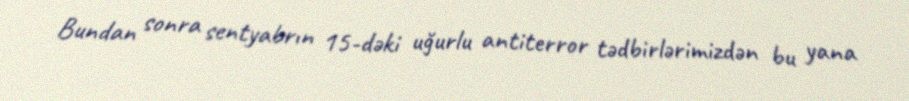
Bundan sonra sentyabrın 15-dəki uğurlu antiterror tədbirlərimizdən bu yana